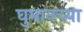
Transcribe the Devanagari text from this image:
घुमानच्या